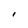
Character: I